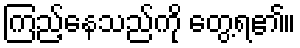
ကြည့်နေသည်ကို တွေ့ရ၏။